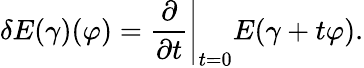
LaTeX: \delta E(\gamma)(\varphi)=\left.{\frac{\partial}{\partial t}}\right|_{t=0}E(\gamma+t\varphi).